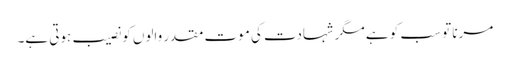
مرنا تو سب کو ہے مگر شہادت کی موت مقدر والوں کو نصیب ہوتی ہے۔